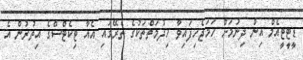
ޑީޓީޓީއެމް އިން ދިނުމަށް ހަމަޖެހިފައިވާ ހިދުމަތްތަކުގެ ތެރޭގައި އެއާ ޓިކެޓްސްގެ އިތުރުން އެ